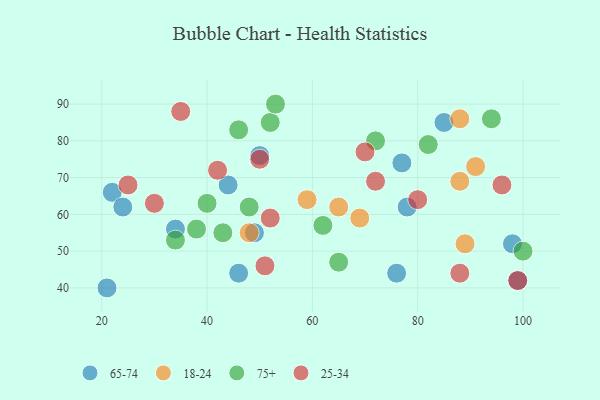
{"axis": {"x": "GDP", "y": "Life Expectancy"}, "legend": ["18-24", "25-34", "65-74", "75+"], "data": [{"x": "49", "y": 55, "type": "65-74"}, {"x": "85", "y": 85, "type": "65-74"}, {"x": "98", "y": 52, "type": "65-74"}, {"x": "22", "y": 66, "type": "65-74"}, {"x": "78", "y": 62, "type": "65-74"}, {"x": "34", "y": 56, "type": "65-74"}, {"x": "99", "y": 42, "type": "65-74"}, {"x": "24", "y": 62, "type": "65-74"}, {"x": "77", "y": 74, "type": "65-74"}, {"x": "44", "y": 68, "type": "65-74"}, {"x": "46", "y": 44, "type": "65-74"}, {"x": "76", "y": 44, "type": "65-74"}, {"x": "50", "y": 76, "type": "65-74"}, {"x": "21", "y": 40, "type": "65-74"}, {"x": "48", "y": 55, "type": "18-24"}, {"x": "91", "y": 73, "type": "18-24"}, {"x": "88", "y": 86, "type": "18-24"}, {"x": "88", "y": 69, "type": "18-24"}, {"x": "65", "y": 62, "type": "18-24"}, {"x": "69", "y": 59, "type": "18-24"}, {"x": "89", "y": 52, "type": "18-24"}, {"x": "59", "y": 64, "type": "18-24"}, {"x": "40", "y": 63, "type": "75+"}, {"x": "100", "y": 50, "type": "75+"}, {"x": "82", "y": 79, "type": "75+"}, {"x": "62", "y": 57, "type": "75+"}, {"x": "94", "y": 86, "type": "75+"}, {"x": "34", "y": 53, "type": "75+"}, {"x": "38", "y": 56, "type": "75+"}, {"x": "43", "y": 55, "type": "75+"}, {"x": "52", "y": 85, "type": "75+"}, {"x": "53", "y": 90, "type": "75+"}, {"x": "46", "y": 83, "type": "75+"}, {"x": "48", "y": 62, "type": "75+"}, {"x": "72", "y": 80, "type": "75+"}, {"x": "65", "y": 47, "type": "75+"}, {"x": "25", "y": 68, "type": "25-34"}, {"x": "52", "y": 59, "type": "25-34"}, {"x": "30", "y": 63, "type": "25-34"}, {"x": "72", "y": 69, "type": "25-34"}, {"x": "42", "y": 72, "type": "25-34"}, {"x": "80", "y": 64, "type": "25-34"}, {"x": "96", "y": 68, "type": "25-34"}, {"x": "51", "y": 46, "type": "25-34"}, {"x": "88", "y": 44, "type": "25-34"}, {"x": "99", "y": 42, "type": "25-34"}, {"x": "35", "y": 88, "type": "25-34"}, {"x": "50", "y": 75, "type": "25-34"}, {"x": "70", "y": 77, "type": "25-34"}]}